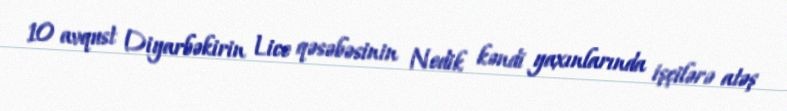
10 avqust Diyarbəkirin Lice qəsəbəsinin Nedik kəndi yaxınlarında işçilərə atəş